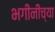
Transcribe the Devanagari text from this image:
भगीनींच्या